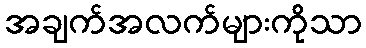
အချက်အလက်များကိုသာ